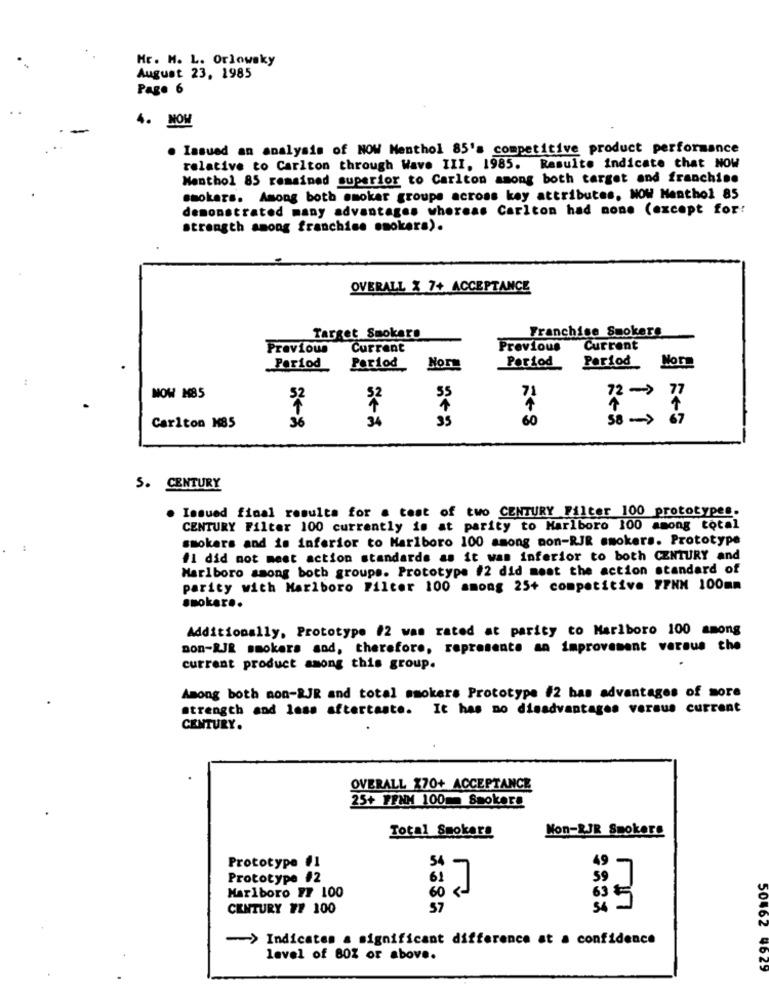
Hr. M. L. Orlowsky
August 23, 1985
Page 6
4. NOW
. Issued an analysis of NOW Menthol 85's competitive product performance
relative to Carlton through Wave III, 1985. Resulte indicate that NOW
Menthol 85 remained superior to Carlton among both target and franchise
smokers. Among both smoker groups across key attributes, HOW Menthol 85
demonstrated many advantages whereas Carlton had none (except for:
strength among franchise smokers).
OVERALL X 7+ ACCEPTANCE
Franchise Smokers
Target Smokers
Previous
Current
Previous
Current
Period
Period
Period
Period
Norm
55
71
72 ->
77
NOW M85
36
34
60
58->
TT
67
Carlton N85
5. CENTURY
. Issued final results for a test of two CENTURY Filter 100 prototypes.
CENTURY Filter 100 currently is at parity to Marlboro 100 among total
smokers and is inferior to Marlboro 100 among non-RJR smokers. Prototype
#1 did not meet action standards as it was inferior to both CENTURY and
Marlboro ssong both groups. Prototype #2 did meat the action standard of
parity with Marlboro Filter 100 among 25+ competitive FFNN 100mm
snoker ..
Additionally, Prototype #2 was rated at parity to Marlboro 100 among
non-RJR smokers sod, therefore, represente an improvement versus che
current product among this group.
Among both mon-RJR and total smokers Prototype #2 has advantages of more
strength and loss aftertaste. It has no disadvantages versus current
CENTURY.
OVERALL X70+ ACCEPTANCE
25+ FENH 100mm Smokers
Total Smokers
Non-RJR Smokers
Prototype #1
54
49
Prototype #2
61
7
59
Marlboro FF 100
60
65
CENTURY ## 100
57
-> Indicates a significant difference at a confidence
level of 80Z or above.
50462 4629